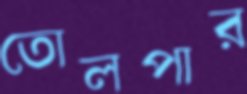
তোলপার